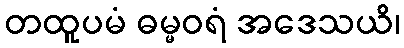
တထူပမံ ဓမ္မဝရံ အဒေသယိ၊